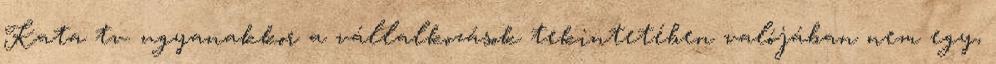
Kata tv. ugyanakkor a vállalkozások tekintetében valójában nem egy,